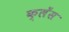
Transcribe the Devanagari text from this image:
क्लेंस